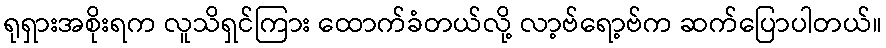
ရုရှားအစိုးရက လူသိရှင်ကြား ထောက်ခံတယ်လို့ လာ့ဗ်ရော့ဗ်က ဆက်ပြောပါတယ်။